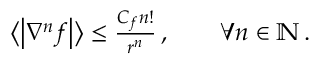
\begin{array} { r } { \big \langle \bigl | \nabla ^ { n } f \bigr | \big \rangle \leq \frac { C _ { f } n ! } { r ^ { n } } \, , \qquad \forall n \in \ensuremath { \mathbb { N } } \, . } \end{array}